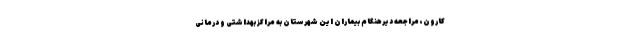
کارون، مراجعه دیرهنگام بیماران این شهرستان به مراکز بهداشتی و درمانی